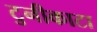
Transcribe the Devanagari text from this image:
टुनीकाटा